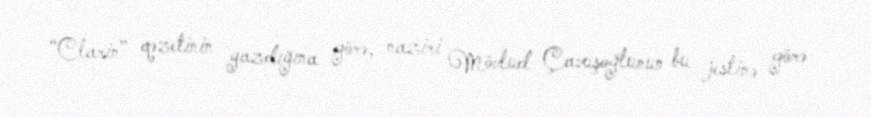
“Clarin” qəzetinin yazdığına görə, naziri Mövlud Çavuşoğlunun bu jestinə görə